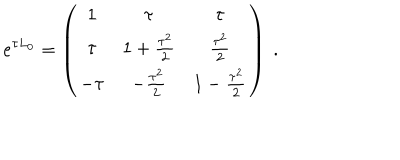
LaTeX: e ^ { \tau L _ { 0 } } = \left( \begin{matrix} { { \strut 1 } } & { { \tau } } & { { \tau } } \\ { { \strut \tau } } & { { 1 + { \frac { \tau ^ { 2 } } { 2 } } } } & { { { \frac { \tau ^ { 2 } } { 2 } } } } \\ { { \strut - \tau } } & { { - { \frac { \tau ^ { 2 } } { 2 } } } } & { { 1 - { \frac { \tau ^ { 2 } } { 2 } } } } \\ \end{matrix} \right) \ .